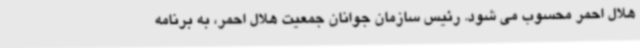
هلال احمر محسوب می شود. رئیس سازمان جوانان جمعیت هلال احمر، به برنامه